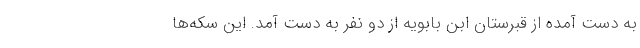
به دست آمده از قبرستان ابن بابویه از دو نفر به دست آمد. این سکه‌ها